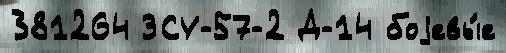
381264 ЗСУ-57-2 Д-14 боjевы́е